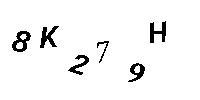
8K279H